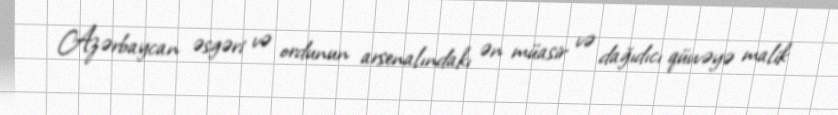
Azərbaycan əsgəri və ordunun arsenalındakı ən müasir və dağıdıcı qüvvəyə malik